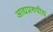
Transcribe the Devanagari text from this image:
आद्यप्ररुपीय